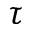
\tau